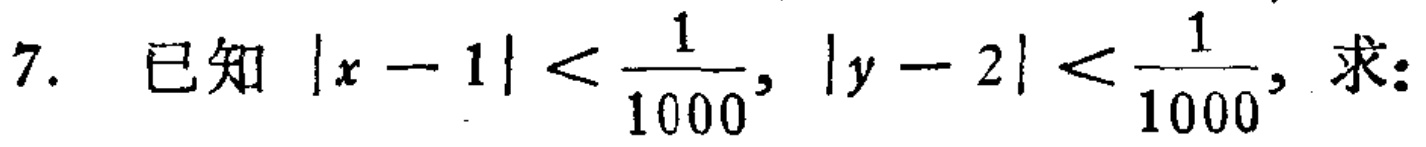
7. 已知\(|x - 1| < \frac{1}{1000}, |y - 2| < \frac{1}{1000},求:\)